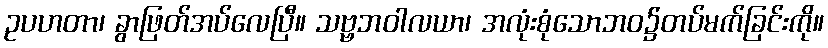
ဥပဟတာ၊ ခွာဖြတ်အပ်လေပြီ။ သဗ္ဗဘဝါလယာ၊ အလုံးစုံသောဘဝ၌တပ်မက်ခြင်းကို။